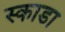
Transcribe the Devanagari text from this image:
स्काडा